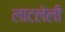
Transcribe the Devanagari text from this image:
लाटलेली